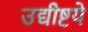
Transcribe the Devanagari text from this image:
उद्यीष्टये